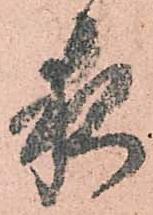
夜